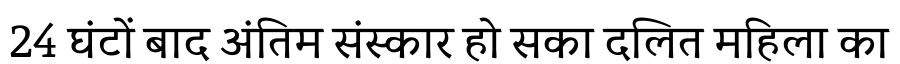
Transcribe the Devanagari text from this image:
24 घंटों बाद अंतिम संस्कार हो सका दलित महिला का